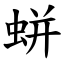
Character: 蛢